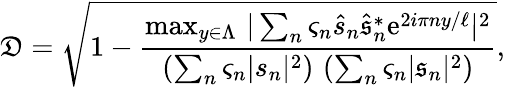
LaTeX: \mathfrak{D}=\sqrt{1-\frac{\operatorname*{max}_{y\in\Lambda}\, \vert\sum_{n}\varsigma_{n}\hat{s}_{n}\hat{\mathfrak{s}}_{n}^{\ast}\mathrm{e}^{2i\pi ny/\ell}\vert^{2}}{\left(\sum_{n}\varsigma_{n}\vert s_{n}\vert^{2}\right)\, \left(\sum_{n}\varsigma_{n}\vert\mathfrak{s}_{n}\vert^{2}\right)}},